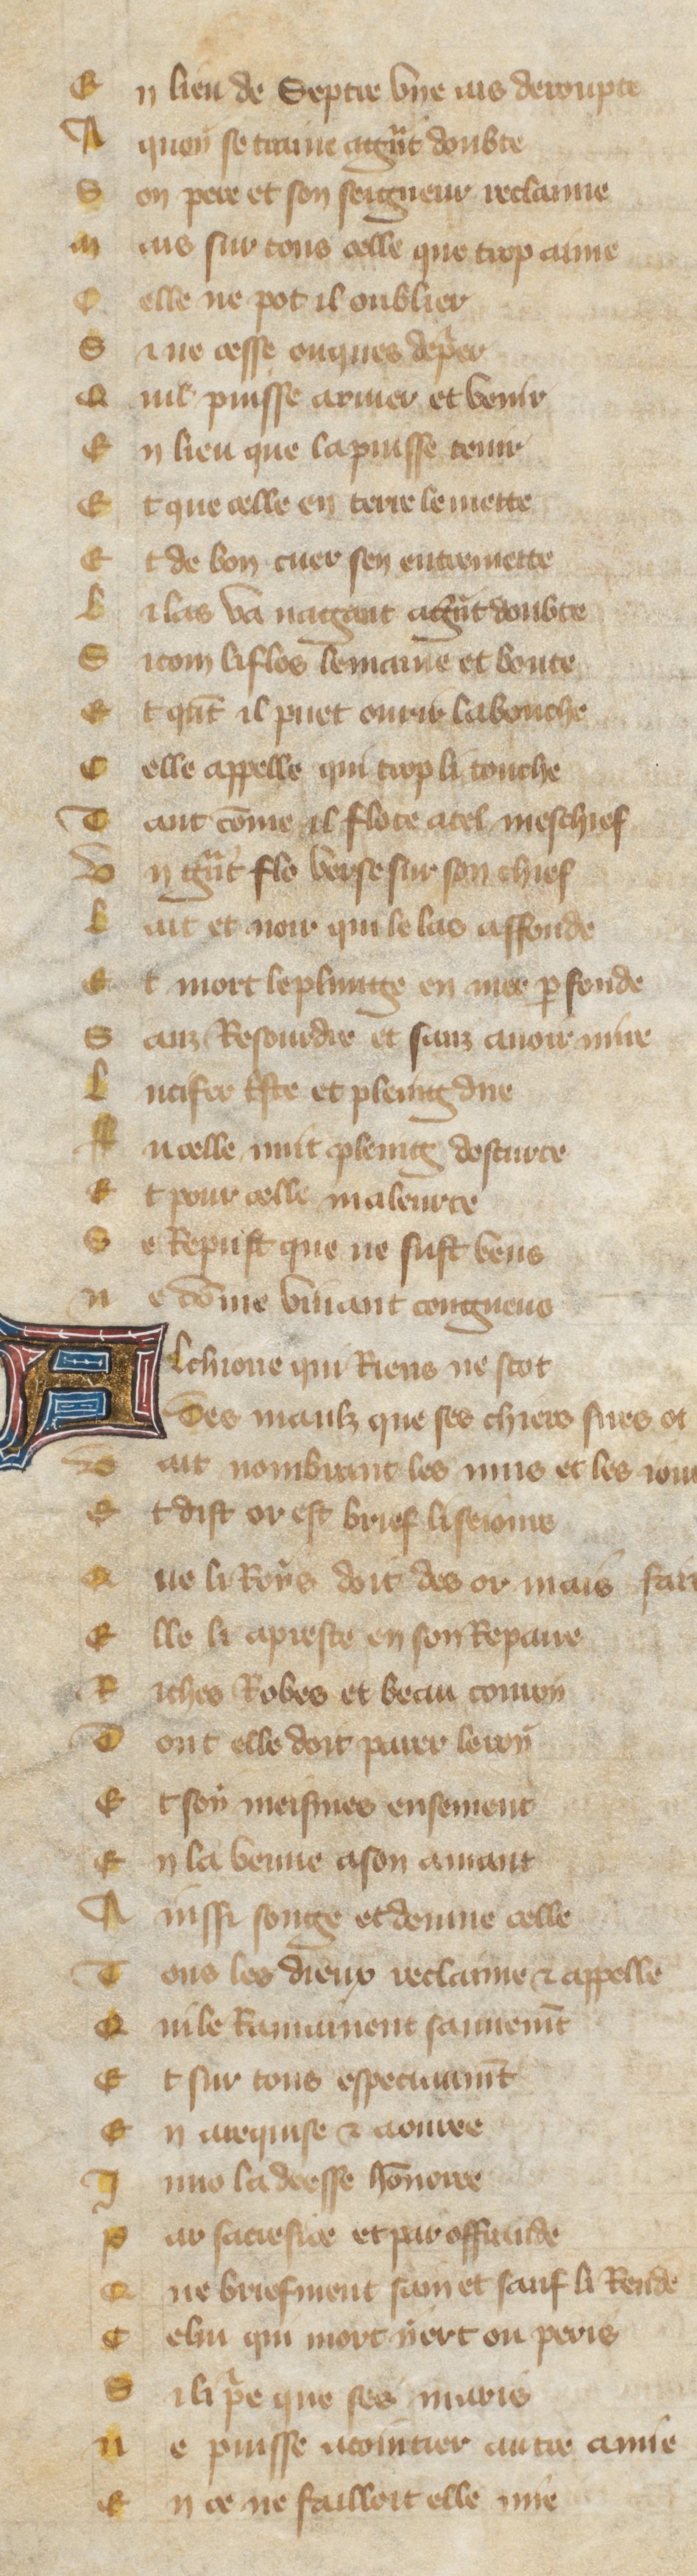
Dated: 1380–1390